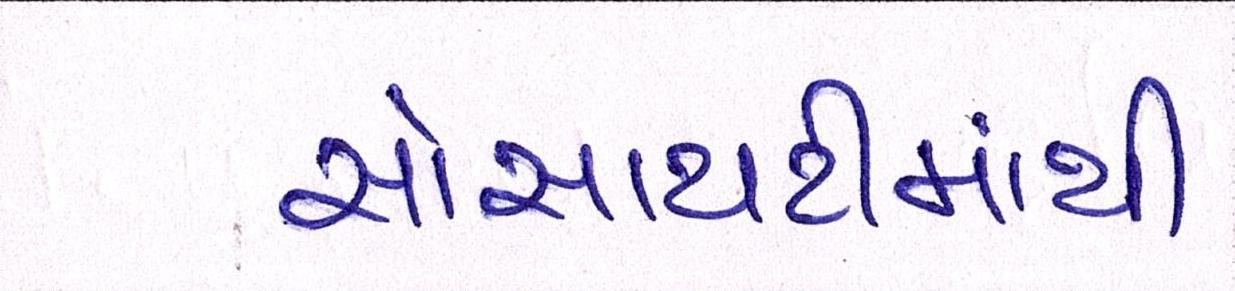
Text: સોસાયટીમાંથી